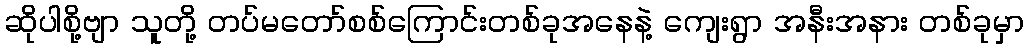
ဆိုပါစို့ဗျာ သူတို့ တပ်မတော်စစ်ကြောင်းတစ်ခုအနေနဲ့ ကျေးရွာ အနီးအနား တစ်ခုမှာ